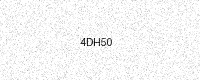
Text: 4DH50